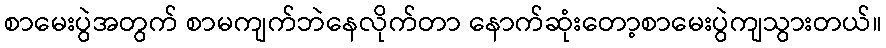
စာမေးပွဲအတွက် စာမကျက်ဘဲနေလိုက်တာ နောက်ဆုံးတော့စာမေးပွဲကျသွားတယ်။